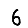
Digit: 6